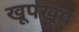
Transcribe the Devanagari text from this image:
खूपखूप